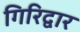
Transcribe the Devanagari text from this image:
गिरिद्वार